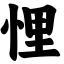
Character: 悝